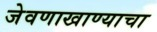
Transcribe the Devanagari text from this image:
जेवणाखाण्याचा